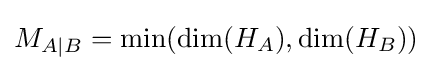
M_{A|B}=\min(\dim({H_{A}}),\dim({H_{B}}))